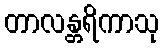
တာလန္တရိကာသု